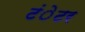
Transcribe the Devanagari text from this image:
टंेटर